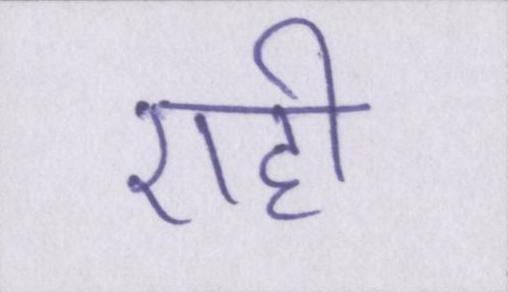
एही